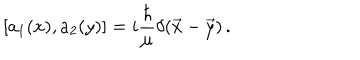
LaTeX: [ a _ { 1 } ( x ) , a _ { 2 } ( y ) ] = i { \frac { \hbar } { \mu } } \delta ( \vec { x } - \vec { y } ) \, .